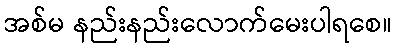
အစ်မ နည်းနည်းလောက်မေးပါရစေ။